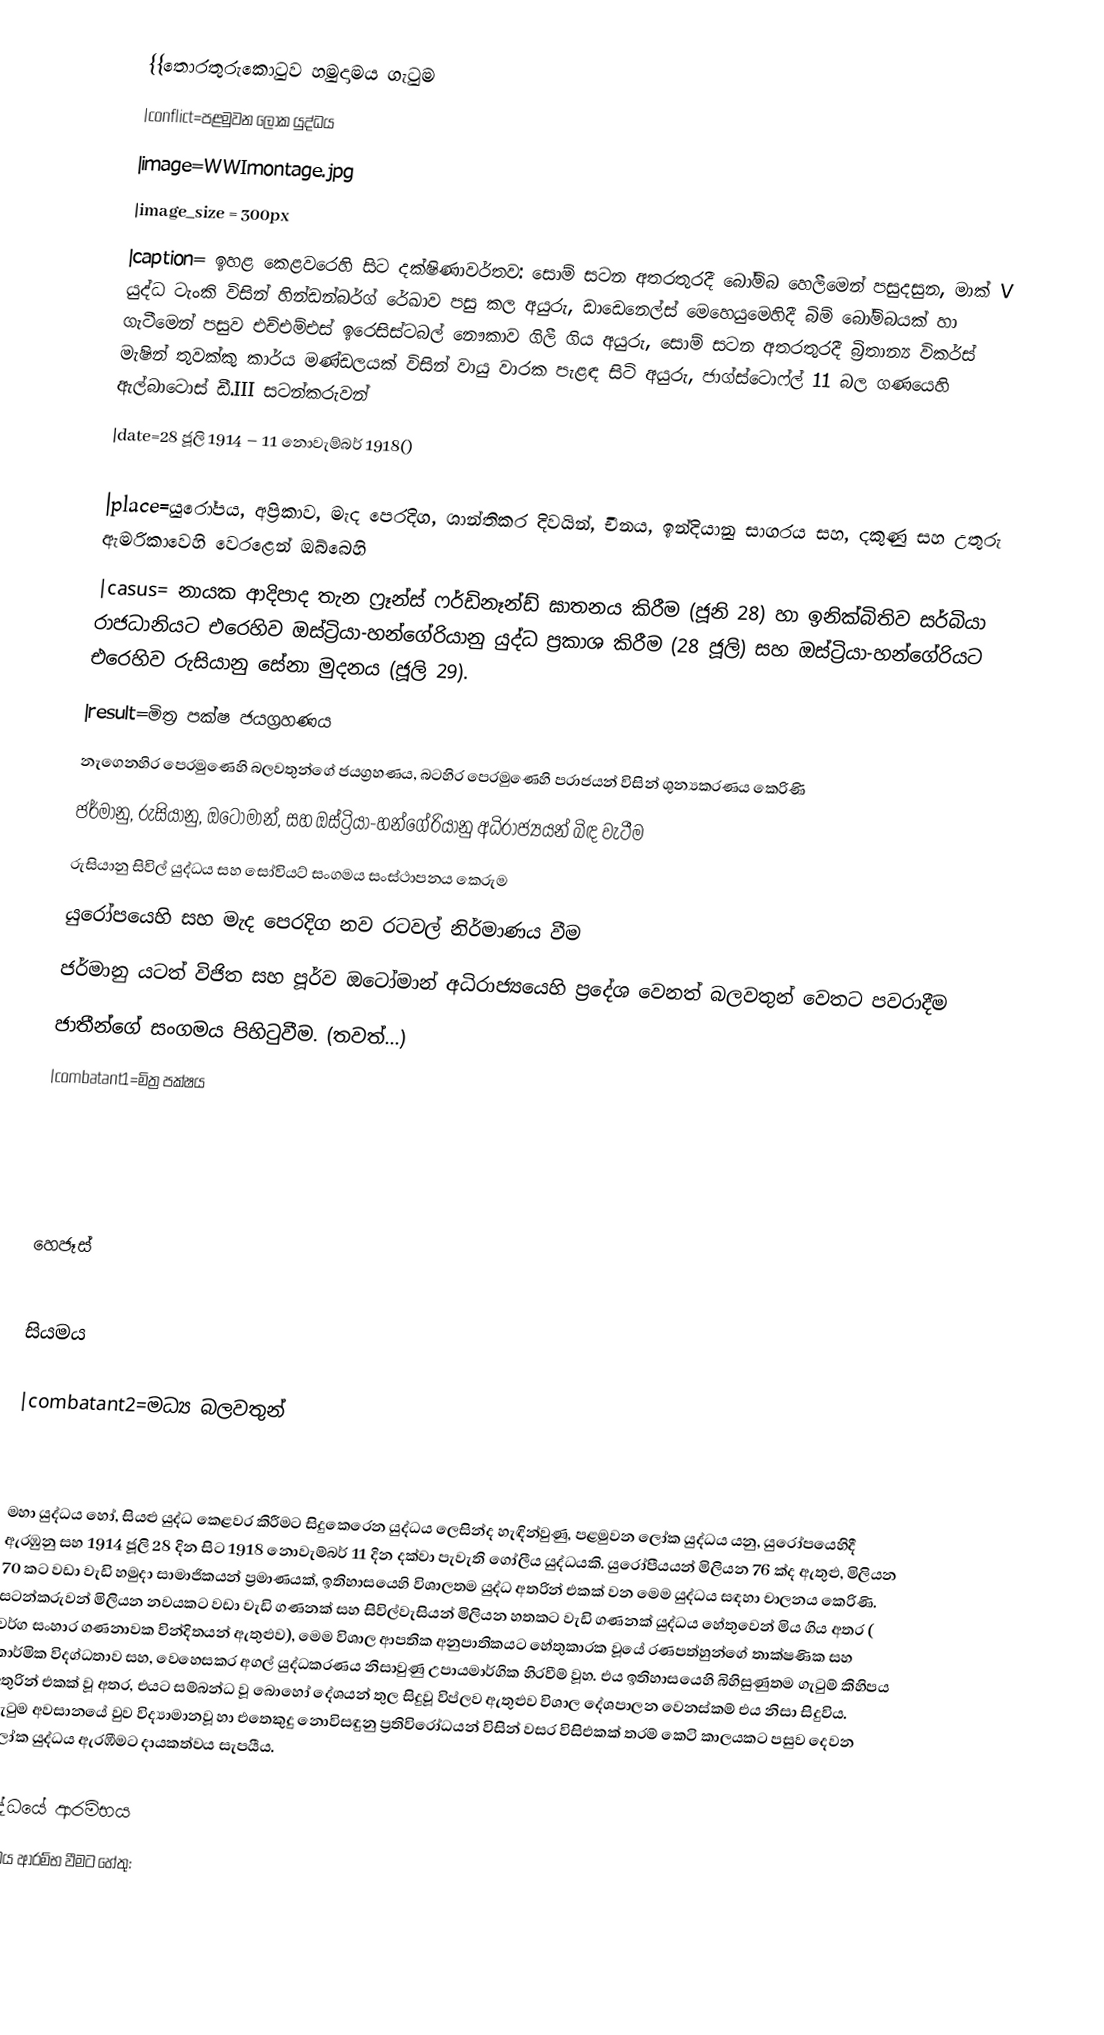
{{තොරතුරුකොටුව හමුදාමය ගැටුම
|conflict=පළමුවන ලෝක යුද්ධය
|image=WWImontage.jpg
|image_size  = 300px
|caption= ඉහළ කෙළවරෙහි සිට දක්ෂිණාවර්තව: සොම් සටන අතරතුරදී බෝම්බ හෙලීමෙන් පසුදසුන,  මාක් V යුද්ධ ටැංකි විසින්  හින්ඩන්බර්ග් රේඛාව පසු කල අයුරු,  ඩාඩෙනෙල්ස්  මෙහෙයුමෙහිදී බිම් බෝම්බයක් හා ගැටීමෙන් පසුව එච්එම්එස් ඉරෙසිස්ටබල් නෞකාව ගිලී ගිය අයුරු, සොම් සටන අතරතුරදී බ්‍රිතාන්‍ය විකර්ස් මැෂින් තුවක්කු කාර්ය මණ්ඩලයක් විසින්  වායු වාරක පැළඳ සිටි අයුරු, ජාග්ස්ටොෆ්ල් 11 බල ගණයෙහි ඇල්බාටොස් ඩී.III සටන්කරුවන්
|date=28 ජූලි 1914 – 11 නොවැම්බර් 1918()

|place=යුරෝපය, අප්‍රිකාව, මැද පෙරදිග, ශාන්තිකර දිවයින්, චීනය, ඉන්දියානු සාගරය සහ, දකුණු සහ උතුරු ඇමරිකාවෙහි වෙරළෙන් ඔබ්බෙහි
|casus= නායක ආදිපාද තැන ෆ්‍රෑන්ස් ෆර්ඩිනෑන්ඩ් ඝාතනය කිරීම (ජූනි 28) හා ඉනික්බිතිව සර්බියා රාජධානියට එරෙහිව  ඔස්ට්‍රියා-හන්ගේරියානු යුද්ධ ප්‍රකාශ කිරීම (28 ජූලි) සහ   ඔස්ට්‍රියා-හන්ගේරියට  එරෙහිව රුසියානු සේනා මුදනය (ජූලි 29).
|result=මිත්‍ර පක්ෂ ජයග්‍රහණය
  නැගෙනහිර පෙරමුණෙහි  බලවතුන්ගේ ජයග්‍රහණය,   බටහිර පෙරමුණෙහි පරාජයන් විසින් ශුන්‍යකරණය කෙරිණි
 ජර්මානු, රුසියානු, ඔටෝමාන්, සහ ඔස්ට්‍රියා-හන්ගේරියානු අධිරාජ්‍යයන් බිඳ වැටීම
 රුසියානු සිවිල් යුද්ධය සහ සෝවියට් සංගමය සංස්ථාපනය කෙරුම
 යුරෝපයෙහි සහ මැද පෙරදිග නව රටවල් නිර්මාණය වීම
 ජර්මානු යටත් විජිත සහ පූර්ව ඔටෝමාන් අධිරාජ්‍යයෙහි ප්‍රදේශ වෙනත් බලවතුන් වෙතට පවරාදීම
 ජාතීන්ගේ සංගමය පිහිටුවීම. (තවත්...)
|combatant1=මිත්‍ර පක්ෂය

 හෙජෑස්

 සියමය

|combatant2=මධ්‍ය බලවතුන්

මහා යුද්ධය හෝ, සියළු යුද්ධ කෙළවර කිරීමට සිදුකෙරෙන යුද්ධය ලෙසින්ද හැඳින්වුණු, පළමුවන ලෝක යුද්ධය යනු, යුරෝපයෙහිදී ඇරඹුනු සහ  1914 ජූලි 28 දින සිට  1918 නොවැම්බර් 11 දින දක්වා පැවැති ගෝලීය යුද්ධයකි. යුරෝපීයයන් මිලියන 76 ක්ද ඇතුළු, මිලියන 70 කට වඩා වැඩි හමුදා සාමාජිකයන් ප්‍රමාණයක්, ඉතිහාසයෙහි විශාලතම යුද්ධ අතරින් එකක් වන මෙම යුද්ධය සඳහා චාලනය කෙරිණි.  සටන්කරුවන් මිලියන නවයකට වඩා වැඩි ගණනක් සහ සිවිල්වැසියන් මිලියන හතකට වැඩි ගණනක්  යුද්ධය හේතුවෙන් මිය ගිය අතර ( වර්ග සංහාර ගණනාවක වින්දිතයන් ඇතුළුව), මෙම විශාල ආපතික අනුපාතිකයට හේතුකාරක වූයේ රණපත්හුන්ගේ තාක්ෂණික සහ කාර්මික විදග්ධතාව සහ, වෙහෙසකර අගල් යුද්ධකරණය නිසාවුණු උපායමාර්ගික  හිරවීම් වූහ. එය ඉතිහාසයෙහි බිහිසුණුතම ගැටුම් කිහිපය අතුරින් එකක් වූ අතර, එයට සම්බන්ධ වූ බොහෝ දේශයන් තුල සිදුවූ විප්ලව ඇතුළුව විශාල දේශපාලන වෙනස්කම් එය නිසා සිදුවිය.  ගැටුම අවසානයේ වුව විද්‍යාමානවූ හා එතෙකුදු නොවිසඳුනු ප්‍රතිවිරෝධයන් විසින් වසර විසිඑකක් තරම් කෙටි කාලයකට පසුව  දෙවන ලෝක යුද්ධය ඇරඹීමට දායකත්වය සැපයීය.

යුද්ධයේ ආරම්භය
යුද්ධය ආරම්භ වීමට හේතු:
ජ